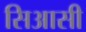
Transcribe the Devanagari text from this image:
सिआसी